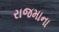
રાજમાના